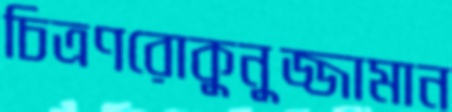
চিত্রণরোকুনুজ্জামান